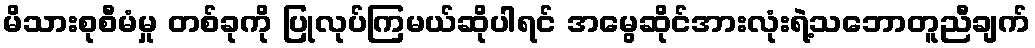
မိသားစုစီမံမှု တစ်ခုကို ပြုလုပ်ကြမယ်ဆိုပါရင် အမွေဆိုင်အားလုံးရဲ့သဘောတူညီချက်